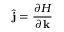
{ \hat { \bf j } } = \frac { \partial H } { \partial { \bf k } }